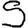
Digit: 5